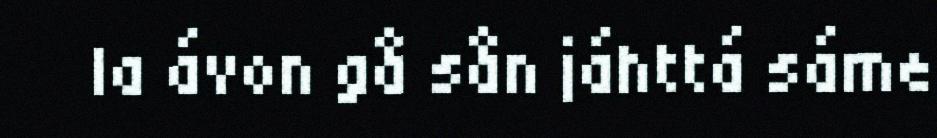
la ávon gå sån jáhttá sáme